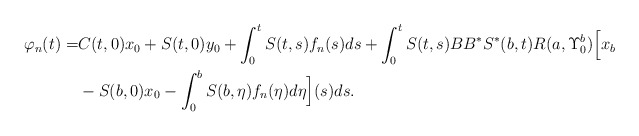
\begin{align*}\varphi_n(t)=&C(t,0)x_0+S(t,0)y_0+\int_0^tS(t,s)f_n(s)ds+\int_0^t S(t,s)BB^{*}S^{*}(b,t)R(a,\Upsilon_0^b)\Big[x_b\\&-S(b,0)x_0-\int_0^b S(b,\eta)f_n(\eta)d\eta\Big](s)ds.\end{align*}